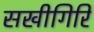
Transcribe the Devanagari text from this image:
सखीगिरि